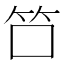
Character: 𬔭